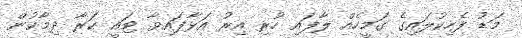
މަޑު ފެހިކުލައިގެ ގަމީހެއް ލާފައި ހުރި އިރު އަޅާފައިވާ ޓައީ ކަރާ ދިމާކުން